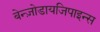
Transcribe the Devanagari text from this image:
बेन्ज़ोडायजिपाइन्स